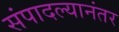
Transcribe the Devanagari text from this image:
संपादल्यानंतर